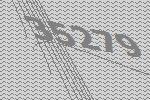
35279